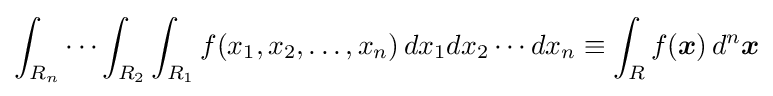
\int _{R_{n}}\cdots \int _{R_{2}}\int _{R_{1}}f(x_{1},x_{2},\ldots ,x_{n})\,dx_{1}dx_{2}\cdots dx_{n}\equiv \int _{R}f({\boldsymbol {x}})\,d^{n}{\boldsymbol {x}}